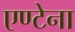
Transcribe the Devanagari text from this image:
एण्टेना